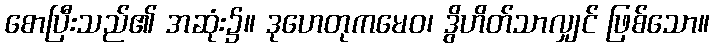
စောပြီးသည်၏ အဆုံး၌။ ဒုဟေတုကမေဝ၊ ဒွိဟိတ်သာလျှင် ဖြစ်သော။